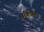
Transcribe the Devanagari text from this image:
बकिंघॅम